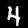
Digit: 4